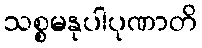
သစ္စမနုပါပုဏာတိ